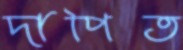
দাপিত